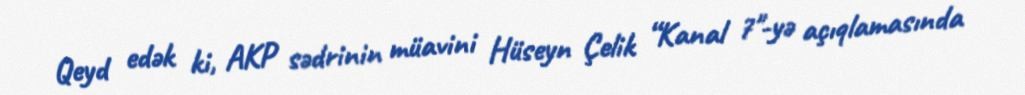
Qeyd edək ki, AKP sədrinin müavini Hüseyn Çelik “Kanal 7"-yə açıqlamasında